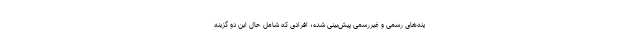
ینه‌های رسمی و غیررسمی پیش‌بینی شده؛ افرادی که شامل حال این دو گزینه